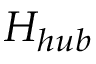
H _ { h u b }